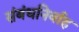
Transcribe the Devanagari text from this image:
संबंधनिर्वाह